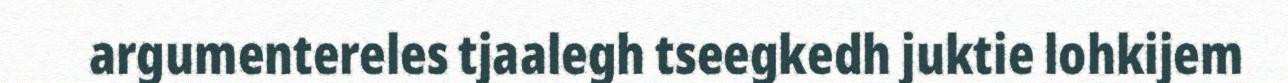
argumentereles tjaalegh tseegkedh juktie lohkijem